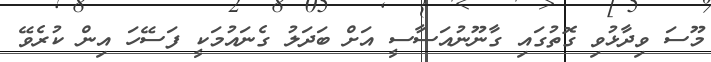
މޫސަ ވިދާޅުވި ގޮތުގައި ގާނޫނުއަސާސީ އަށް ބަދަލު ގެނައުމަކީ ފަސޭހަ އިން ކުރެވޭ